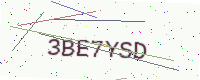
Text: 3BE7YSD